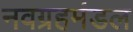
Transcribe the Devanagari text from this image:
नवग्रहमंडल